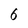
Character: 6